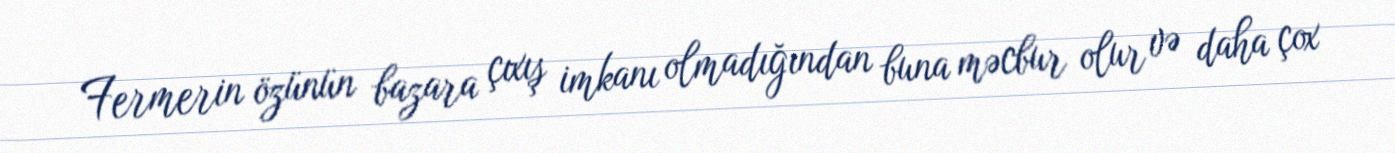
Fermerin özünün bazara çıxış imkanı olmadığından buna məcbur olur və daha çox